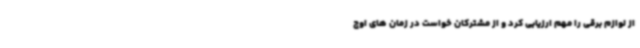
از لوازم برقی را مهم ارزیابی کرد و از مشترکان خواست در زمان های اوج